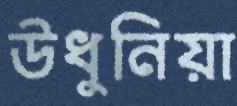
উধুনিয়া